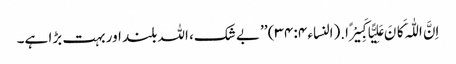
اِنَّ اللّٰہَ کَانَ عَلِیًّا کَبِیْرًا.(النساء ۴: ۳۴) ’’بے شک، اللہ بلند اور بہت بڑا ہے۔